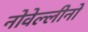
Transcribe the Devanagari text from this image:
नोवेल्लीनो